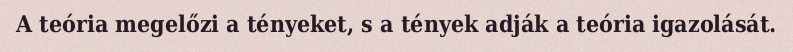
A teória megelőzi a tényeket, s a tények adják a teória igazolását.